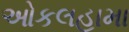
ઓકલહામા